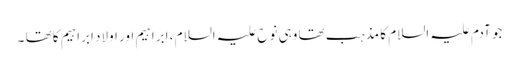
جو آدم علیہ السلام کا مذہب تھا وہی نوح علیہ السلام ، ابراہیم اور اولادِ ابراہیم کا تھا ۔